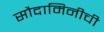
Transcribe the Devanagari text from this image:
सौदामिनीची